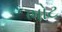
ભોટ